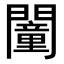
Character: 𨶻